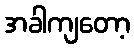
အခါကျတော့